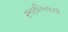
રમણીયતાથી